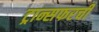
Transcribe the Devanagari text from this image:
ट्रान्सफरची